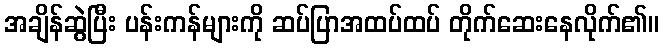
အချိန်ဆွဲပြီး ပန်းကန်များကို ဆပ်ပြာအထပ်ထပ် တိုက်ဆေးနေလိုက်၏။